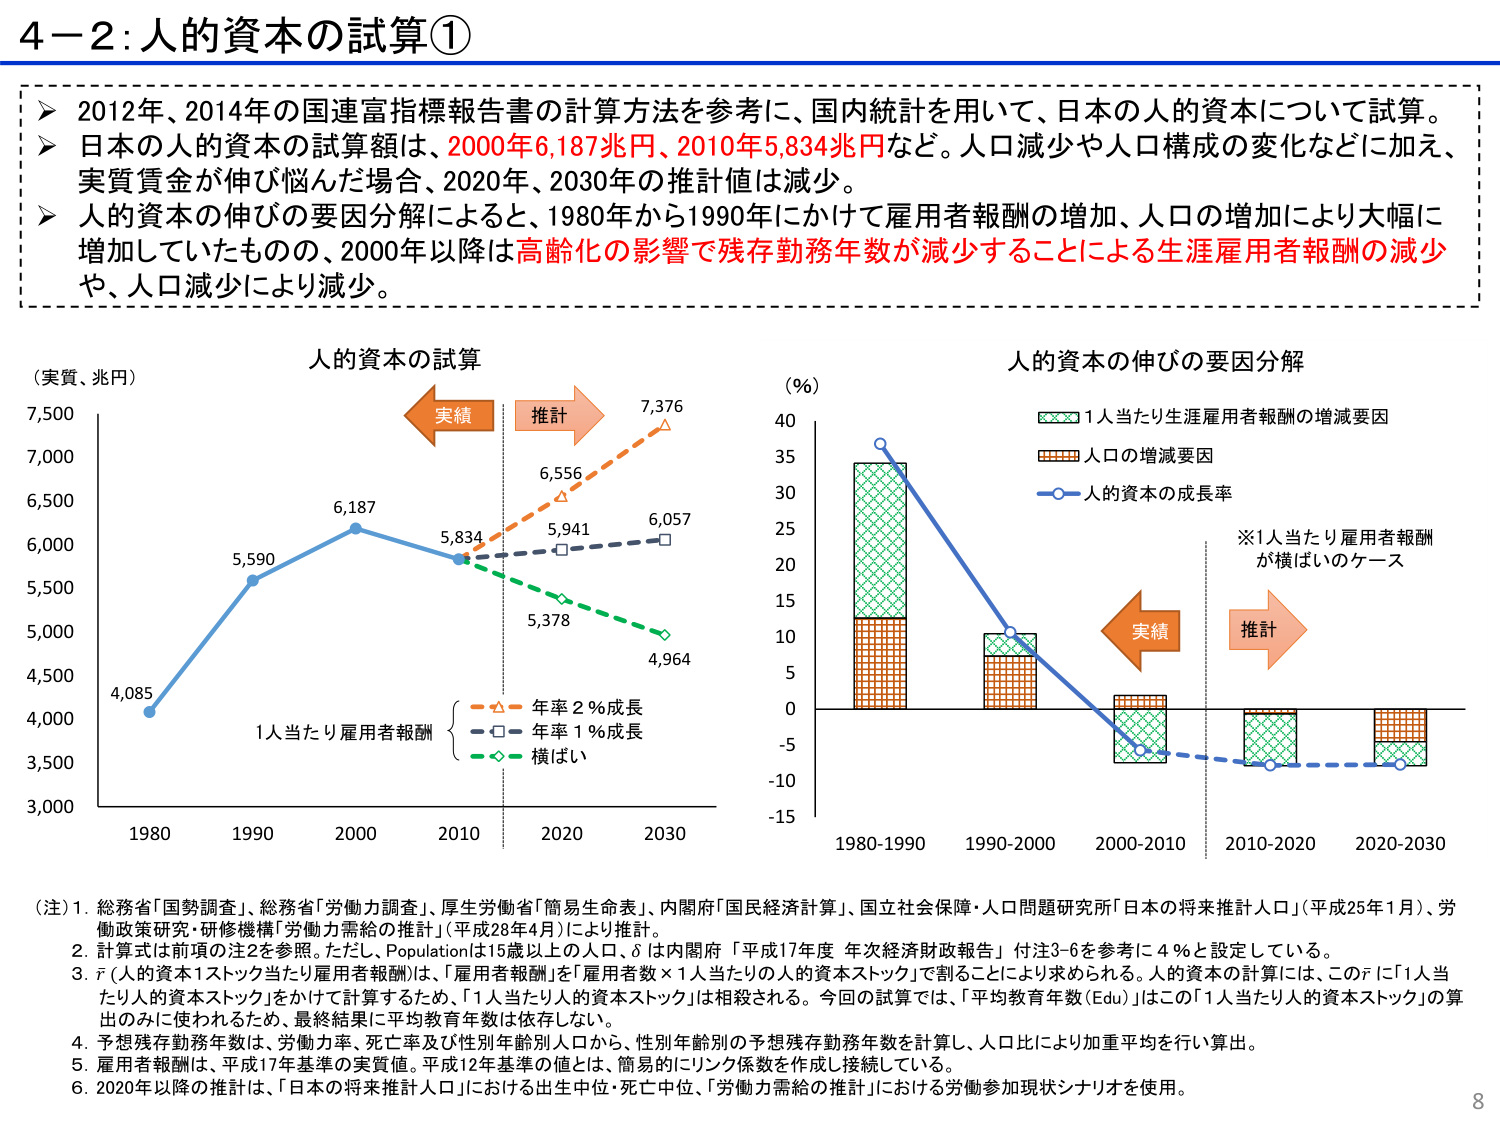
4－2：人的資本の試算①

➤ 2012年、2014年の国連富指標報告書の計算方法を参考に、国内統計を用いて、日本的人的資本について試算。
➤ 日本的人的資本の試算額は、2000年6,187兆円、2010年5,834兆円など。人口減少や人口構成の変化などに加え、実質賃金が伸び悩んだ場合、2020年、2030年の推計値は減少。
➤ 人的資本の伸びの要因分解によると、1980年から1990年にかけて雇用者報酬の増加、人口の増加により大幅に増加していたものの、2000年以降は高齢化の影響で残存勤務年数が減少することによる生涯雇用者報酬の減少や、人口減少により減少。

人的資本の試算
（実質、兆円）
7,500
7,000
6,500
6,000
5,500
5,000
4,500
4,000
3,500
3,000
1980 1990 2000 2010 2020 2030
4,085
5,590
6,187
5,834
6,556
5,941
6,057
5,378
4,964
実績
推計
1人当たり雇用者報酬
年率2％成長
年率1％成長
横ばい

人的資本の伸びの要因分解
（％）
40
35
30
25
20
15
10
5
0
-5
-10
-15
1980-1990 1990-2000 2000-2010 2010-2020 2020-2030
1人当たり生涯雇用者報酬の増減要因
人口の増減要因
人的資本の成長率
※1人当たり雇用者報酬が横ばいのケース
実績
推計

（注）1. 総務省「国勢調査」、総務省「労働力調査」、厚生労働省「簡易生命表」、内閣府「国民経済計算」、国立社会保障・人口問題研究所「日本の将来推計人口」（平成25年1月）、労働政策研究・研修機構「労働力需給の推計」（平成28年4月）により推計。
2. 計算式は前項の注2を参照。ただし、Populationは15歳以上の人口、δは内閣府「平成17年度 年次経済財政報告」付注3-6を参考に4％と設定している。
3. ř（人的資本1ストック当たり雇用者報酬）は、「雇用者報酬」を「雇用者数×1人当たりの人的資本ストック」で割ることにより求められる。人的資本の計算には、このřに「1人当たりの人的資本ストック」をかけて計算するため、「1人当たりの資本ストック」は相殺される。今回の試算では、「平均教育年数（Edu）」はこの「1人当たり人的資本ストック」の算出のみに使われるため、最終結果に平均教育年数は依存しない。
4. 予想残存勤務年数は、労働力率、死亡率及び性別年齢別人口から、性別年齢別の予想残存勤務年数を計算し、人口比により加重平均を行い算出。
5. 雇用者報酬は、平成17年基準の実質値。平成12年基準の値とは、簡易的にリンク係数を作成し接続している。
6. 2020年以降の推計は、「日本の将来推計人口」における出生中位・死亡中位、「労働力需給の推計」における労働参加現状シナリオを使用。

8